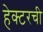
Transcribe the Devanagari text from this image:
हेक्टरची